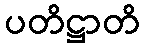
ပတိဋ္ဌာတိ